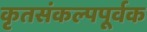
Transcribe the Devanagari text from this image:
कृतसंकल्पपूर्वक